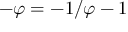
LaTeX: - \varphi = - 1 / \varphi - 1